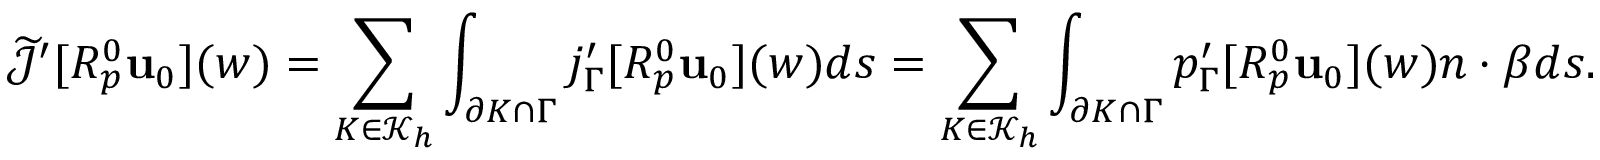
\widetilde { \mathcal { J } } ^ { \prime } [ R _ { p } ^ { 0 } \mathbf { u } _ { 0 } ] ( w ) = \sum _ { K \in \mathcal { K } _ { h } } \int _ { \partial K \cap \Gamma } j _ { \Gamma } ^ { \prime } [ R _ { p } ^ { 0 } \mathbf { u } _ { 0 } ] ( w ) d s = \sum _ { K \in \mathcal { K } _ { h } } \int _ { \partial K \cap \Gamma } p _ { \Gamma } ^ { \prime } [ R _ { p } ^ { 0 } \mathbf { u } _ { 0 } ] ( w ) n \cdot \beta d s .